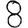
Digit: 8